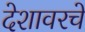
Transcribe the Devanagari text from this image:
देशावरचे